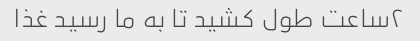
۲ساعت طول کشید تا به ما رسید غذا